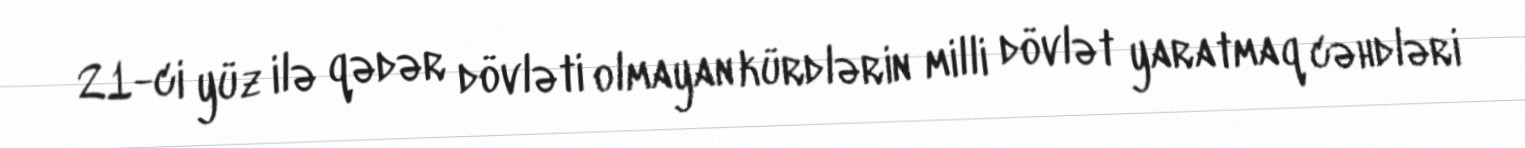
21-ci yüz ilə qədər dövləti olmayan kürdlərin milli dövlət yaratmaq cəhdləri